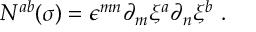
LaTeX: N ^ { a b } ( \sigma ) = \epsilon ^ { m n } \partial _ { m } \xi ^ { a } \partial _ { n } \xi ^ { b } \ .